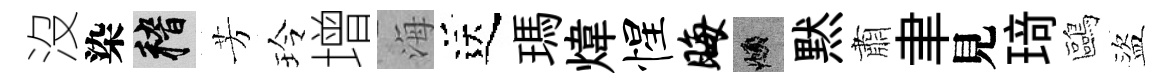
沒染稽芳玲增海送瑪煒惺晦頫黙肅聿見𤦺鷗盜